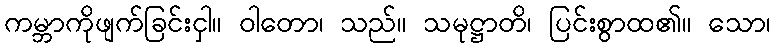
ကမ္ဘာကိုဖျက်ခြင်းငှါ။ ဝါတော၊ သည်။ သမုဋ္ဌာတိ၊ ပြင်းစွာထ၏။ သော၊